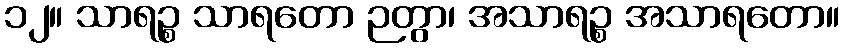
၁၂။ သာရဉ္စ သာရတော ဉတွာ၊ အသာရဉ္စ အသာရတော။